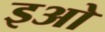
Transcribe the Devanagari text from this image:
इओ